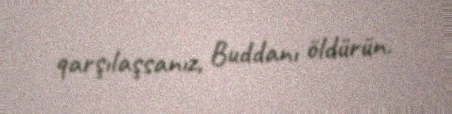
qarşılaşsanız, Buddanı öldürün.